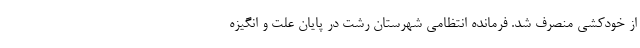
از خودکشی منصرف شد. فرمانده انتظامی شهرستان رشت در پایان علت و انگیزه